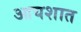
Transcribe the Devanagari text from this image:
आयशात